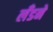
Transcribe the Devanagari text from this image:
लँडने